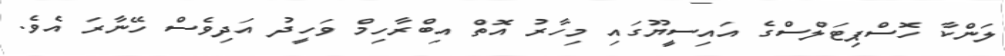
ލަންކާ ހޮސްޕިޓަލްސްގެ އައިސީޔޫގައި މިހާރު އޮތް އިބްރާހިމް ވަހީދު އަދިވެސް ހޭނާރަ އެވެ.